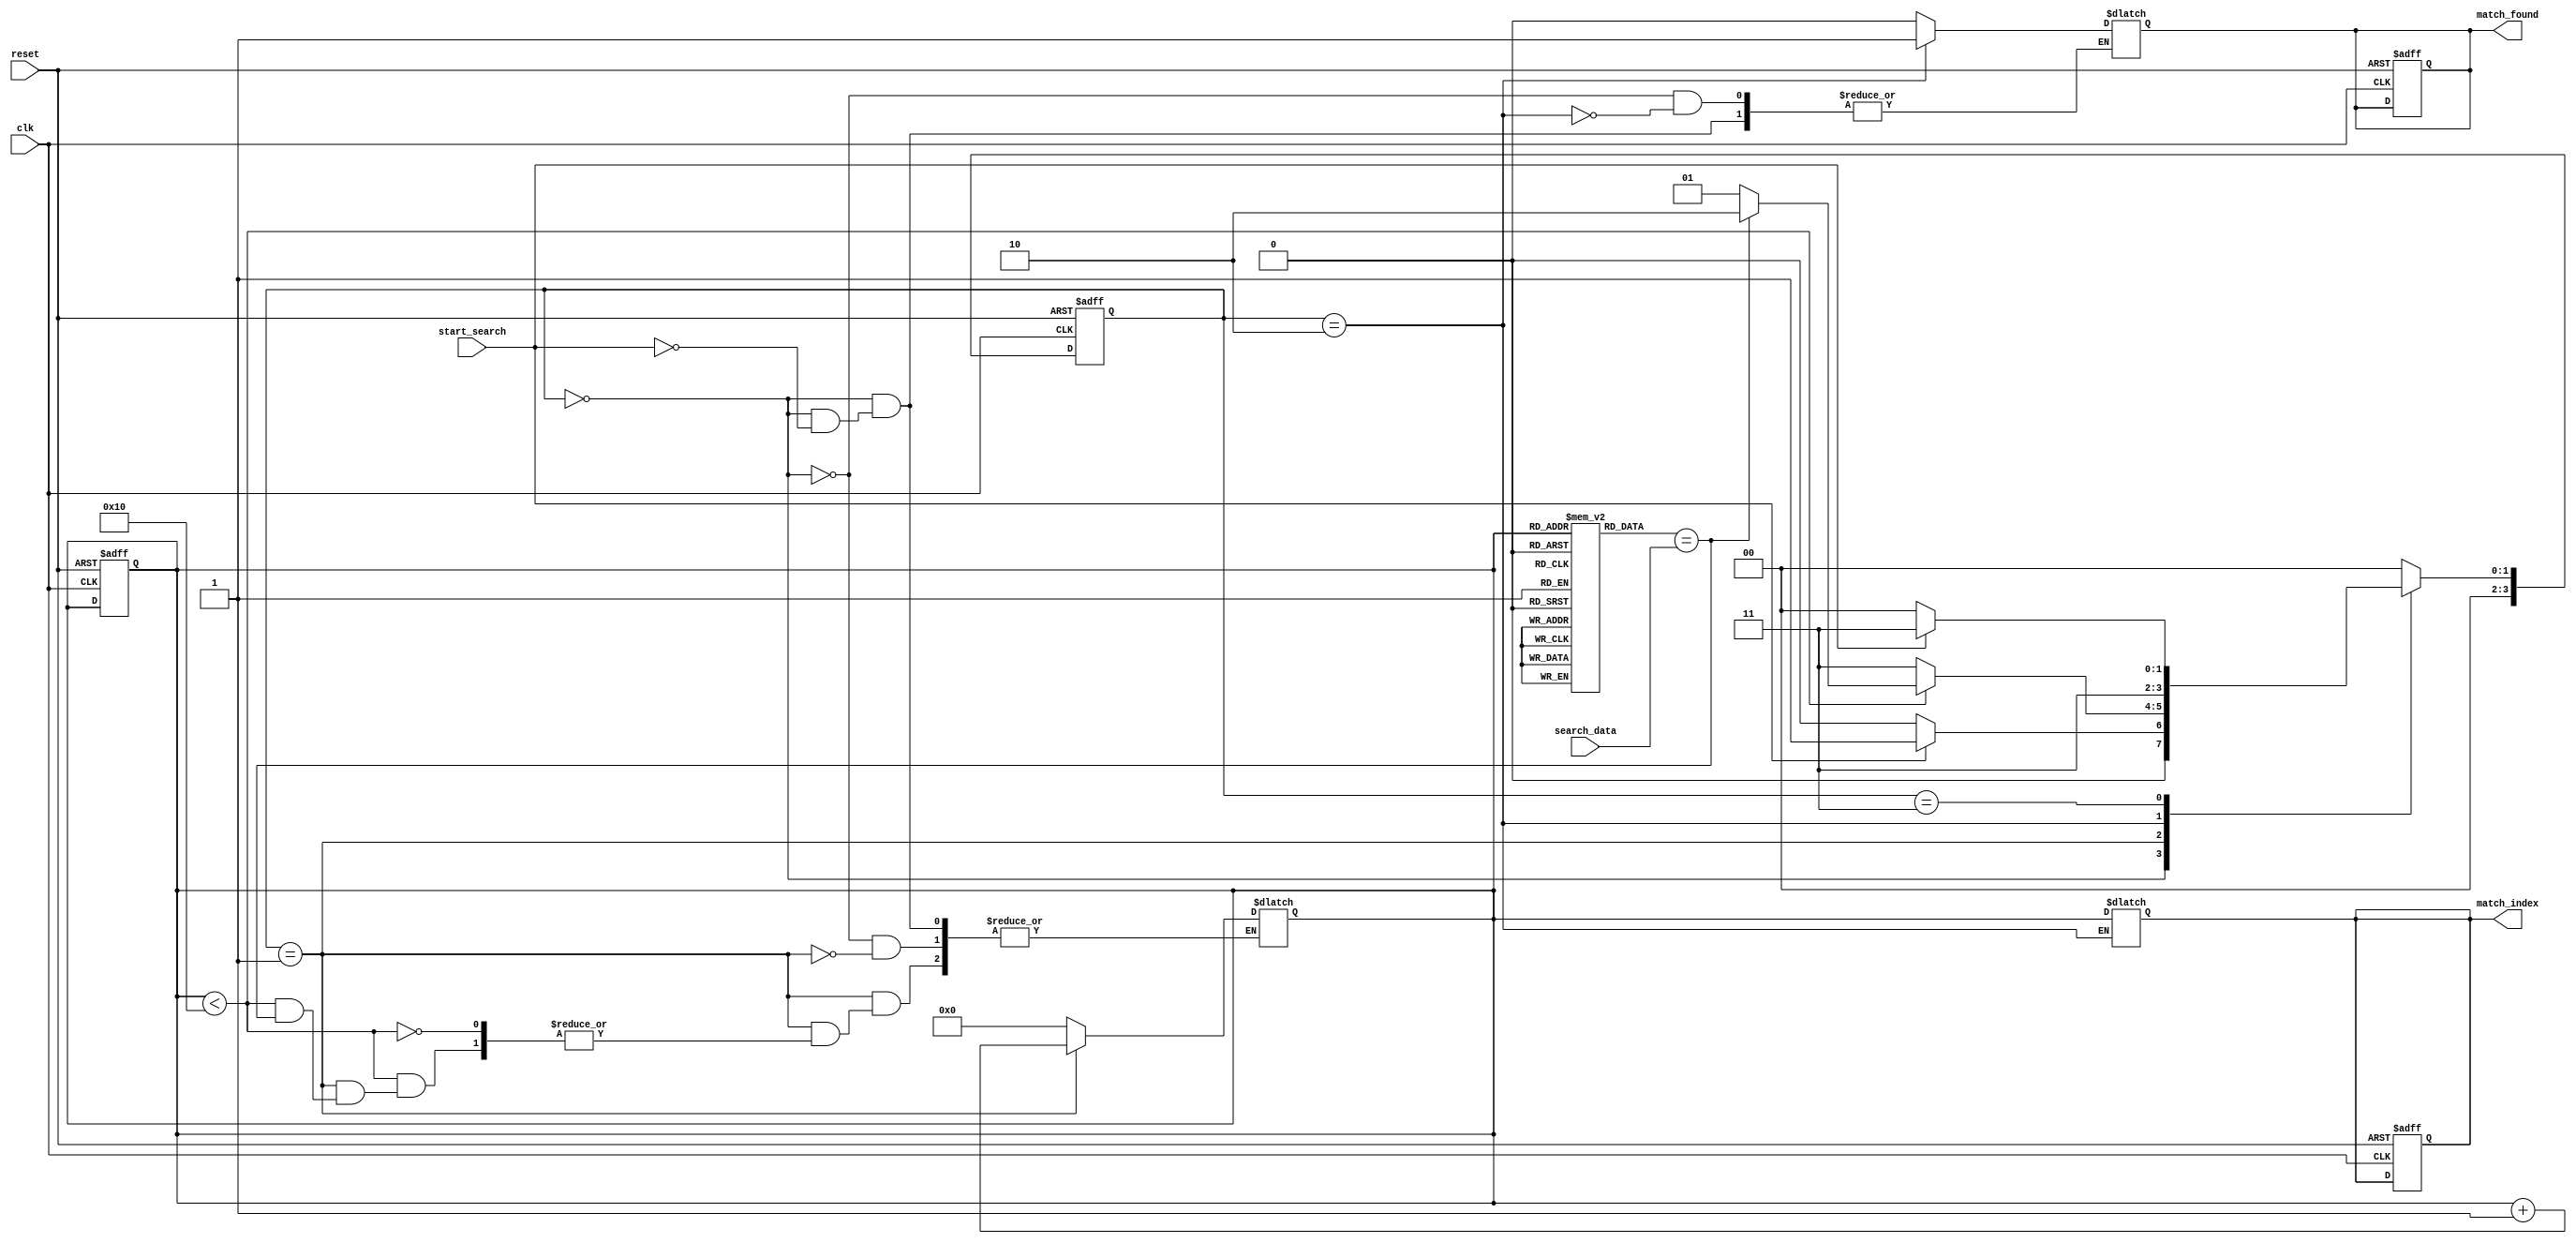
module SequentialCAM #(
    parameter N = 16, // Number of entries
    parameter W = 8    // Width of each entry
)(
    input wire clk,                // Clock signal
    input wire reset,              // Reset signal
    input wire [W-1:0] search_data,// Data to search
    input wire start_search,       // Signal to start search
    output reg match_found,        // Match found signal
    output reg [$clog2(N)-1:0] match_index // Index of matching entry
);

    // Memory array
    reg [W-1:0] memory [0:N-1];

    // Internal signals
    reg [3:0] current_state; // State for sequential operation
    reg [3:0] next_state;    // Next state for sequential operation
    reg [3:0] entry_index;   // Current entry index for searching

    // State encoding
    localparam IDLE = 4'b0000,
               SEARCH = 4'b0001,
               MATCH = 4'b0010,
               DONE = 4'b0011;

    // Initialize memory (for simulation purposes)
    initial begin
        // Example initialization of memory entries
        memory[0] = 8'hAA;
        memory[1] = 8'hBB;
        memory[2] = 8'hCC;
        memory[3] = 8'hDD;
        memory[4] = 8'hEE;
        memory[5] = 8'hFF;
        // Initialize remaining entries as needed
    end

    // Sequential state machine
    always @(posedge clk or posedge reset) begin
        if (reset) begin
            current_state <= IDLE;
            match_found <= 0;
            match_index <= 0;
            entry_index <= 0;
        end else begin
            current_state <= next_state;
        end
    end

    // Next state logic
    always @(*) begin
        case (current_state)
            IDLE: begin
                if (start_search) begin
                    next_state = SEARCH;
                    entry_index = 0;
                    match_found = 0;
                end else begin
                    next_state = IDLE;
                end
            end
            SEARCH: begin
                if (entry_index < N) begin
                    if (memory[entry_index] == search_data) begin
                        next_state = MATCH;
                    end else begin
                        entry_index = entry_index + 1;
                        next_state = SEARCH;
                    end
                end else begin
                    next_state = DONE; // No match found
                end
            end
            MATCH: begin
                match_found = 1;
                match_index = entry_index;
                next_state = DONE;
            end
            DONE: begin
                if (!start_search) begin
                    next_state = IDLE; // Return to idle state
                end else begin
                    next_state = DONE; // Stay in done state
                end
            end
            default: next_state = IDLE;
        endcase
    end

endmodule